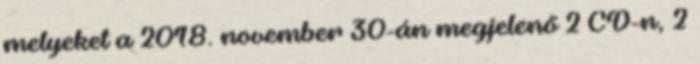
melyeket a 2018. november 30-án megjelenő 2 CD-n, 2